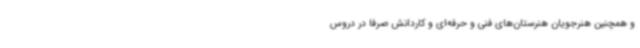
و همچنین هنرجویان هنرستان‌های فنی و حرفه‌ای و کاردانش صرفا در دروس